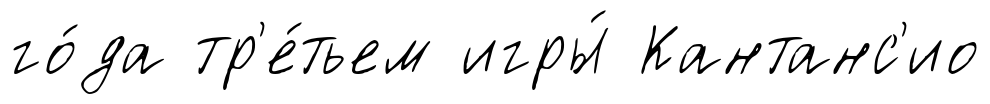
го́да тр'е́тьем игры́ Кантанс'ио